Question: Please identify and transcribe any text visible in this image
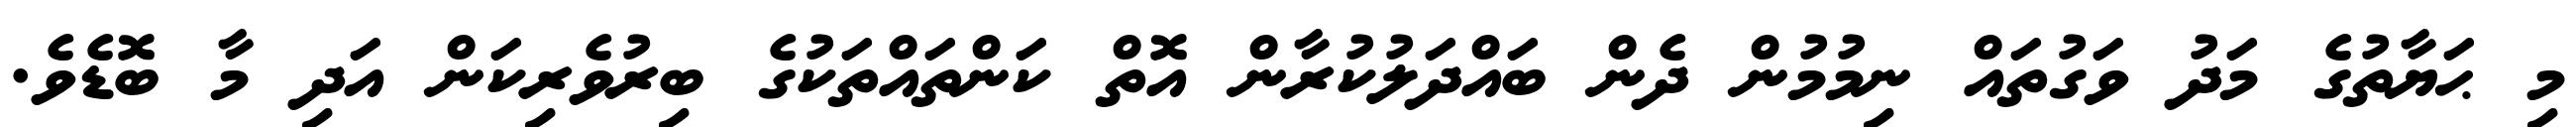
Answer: މި ޙަޔާތުގެ މަދު ވަގުތައް ނިމުމުން ދެން ބައްދަލުކުރާން އޮތް ކަންތައްތަކުގެ ބިރުވެރިކަން އަދި މާ ބޮޑެވެ.